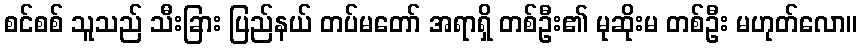
စင်စစ် သူသည် သီးခြား ပြည်နယ် တပ်မတော် အရာရှိ တစ်ဦး၏ မုဆိုးမ တစ်ဦး မဟုတ်လော။